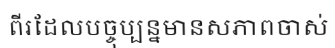
ពីរដែលបច្ចុប្បន្នមានសភាពចាស់